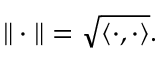
\| \cdot \| = \sqrt { \langle \cdot , \cdot \rangle } .